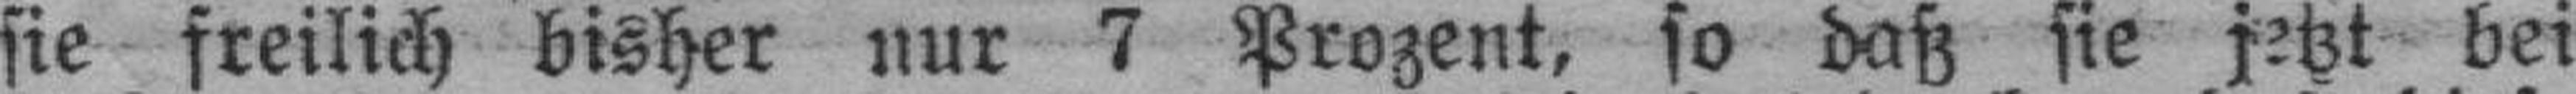
sie freilich bisher nur 7 Prozent, so daß sie jetzt bei